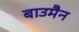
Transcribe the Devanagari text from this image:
बाउमैन